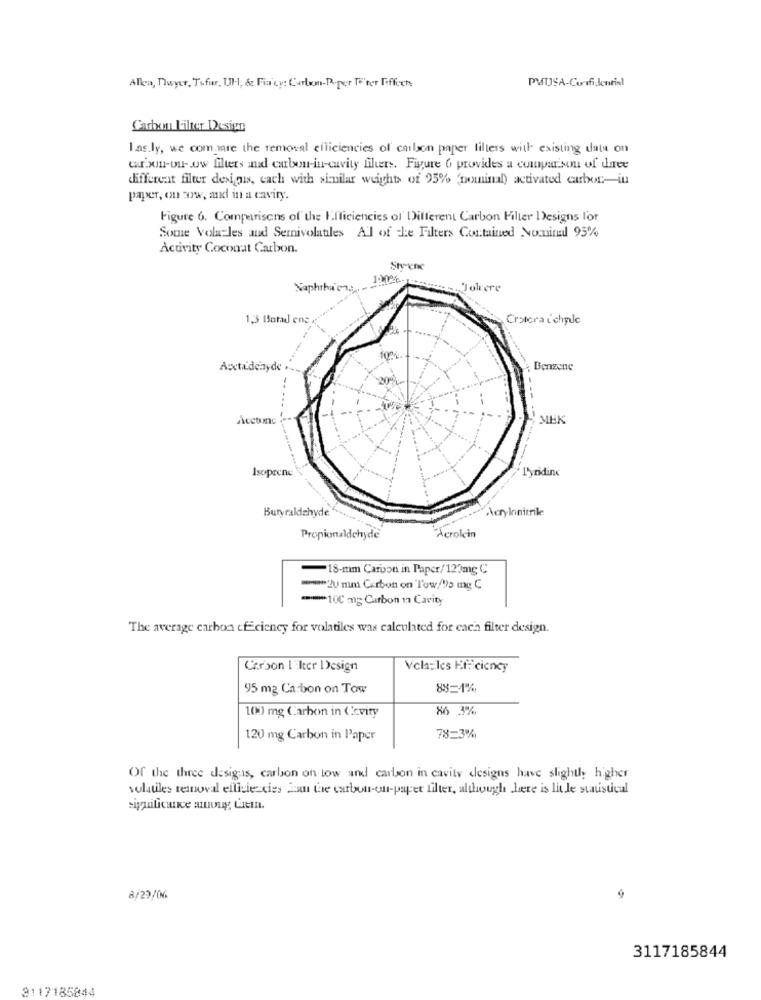
PMUSA-Confidential
Allea, Dwyer, Tifir, Ul ., &c Fia'cy: Carlwm-Poper Te'ter Fiffoch
Carbon Filter Design
las.ly, we com mre the removal efficiencies of carbon paper filters with existing data on
carbon-on -. ow filters and carbon-in-cavity filters. Figure 6 provides a comparison of three
different filter designis, cach with similar weights of 95% (nominal) activated carbon-in
paper, on wow, and in a cavity.
Figure 6. Comparisons of the Efficiencies of Different Carbon Filter Designs for
Some Volatles and Sernivolatiles Al of the Filters Contained Nominal 95%
Activity Coconat Carbon.
Styrene
120%-
Naphthiera.
Jokere
1,3 Botad ens
Crotora ichyde
Auxtr'denyde .
Benzene
MEK
Isopcene
L'yridinc
Butyraldehyde
AcryInnitrile
Acrolein
Propionaldchyde
-18-mm Carbon in Paper/120mg C
******* 2U mim Carbon on Tow/Va mg C
****** 100 m; Carbon 1 Cavity
The average carbon cf cieney for volatiles was calculated for each filter design.
Carbon l'Iter Design
Velaziles Efficiency
95 m2 Carbon on Tow
88=1%
100 mg Carbon in Ccvity
86 3%
120 mg Carbon in l'aper
78=3%
Of the three designs, carbon on low and carbon in cavity designs have slightly higher
volatiles temnoval ellisie dies 2am the carbon-on-paper filter, although here is lit le statistical
significance muy Len.
8/29/06
3117185844
3117185844